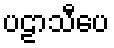
ပဠာသီပေ